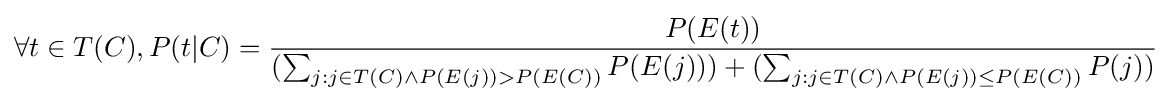
\forall t\in T(C),P(t|C)={\frac {P(E(t))}{(\sum _{j:j\in T(C)\land P(E(j))>P(E(C))}P(E(j)))+(\sum _{j:j\in T(C)\land P(E(j))\leq P(E(C))}P(j))}}